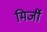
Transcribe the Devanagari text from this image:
मिर्जी